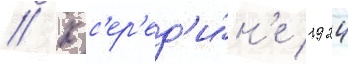
// К с'ер'ед'и́н'е 1924